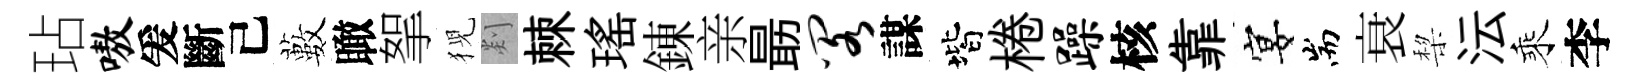
玷嗷爰斷己藪瞰挐猊剡棘瑤錬亲朂阁謀階棬躁核靠宴耑衰棃沄乘李